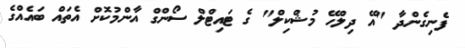
ފެނިގެންދާ "އޭ ދިލްހޭ މުޝްކިލް" ގެ ޓައިޓްލް ސޯންގް އާންމުކޮށް އެތައް ބައެއްގެ